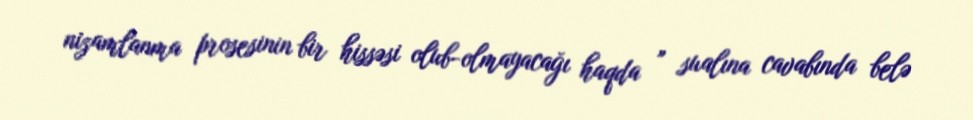
nizamlanma prosesinin bir hissəsi olub-olmayacağı haqda ” sualına cavabında belə